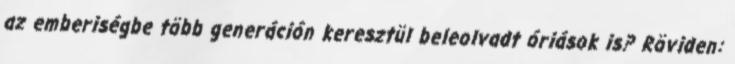
az emberiségbe több generáción keresztül beleolvadt óriások is? Röviden: